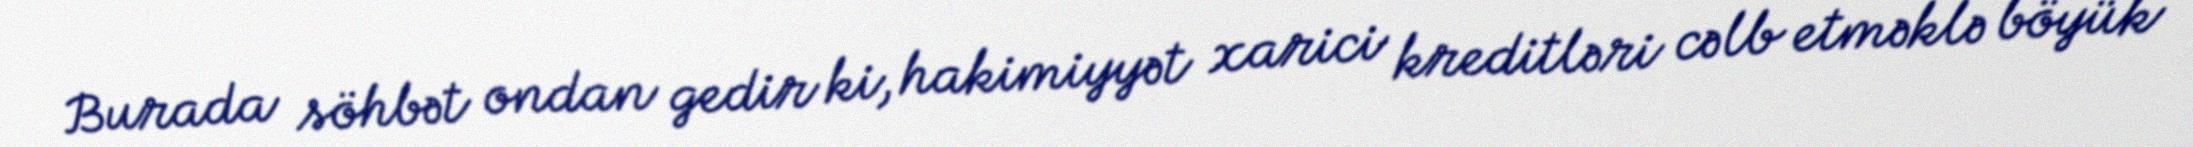
Burada söhbət ondan gedir ki, hakimiyyət xarici kreditləri cəlb etməklə böyük